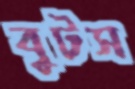
বুটস